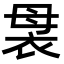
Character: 袰